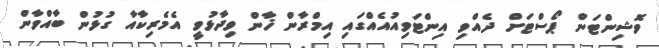
ވޮޝިންޓަން ޕޯސްޓަށް ދެއްވި އިންޓަވިއުއެއްގައި އިމްރާން ޚާން ވިދާޅުވީ އެމެެރިކާއާ ގުޅުން ބާއްވާން